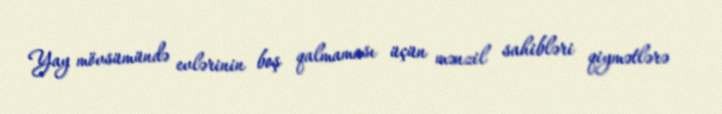
Yay mövsümündə evlərinin boş qalmaması üçün mənzil sahibləri qiymətlərə